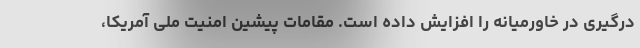
درگیری در خاورمیانه را افزایش داده است. مقامات پیشین امنیت ملی آمریکا،